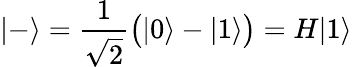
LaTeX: |-\rangle={\frac{1}{\sqrt{2}}}{\big(}|0\rangle-|1\rangle{\big)}=H|1\rangle